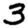
Digit: 3